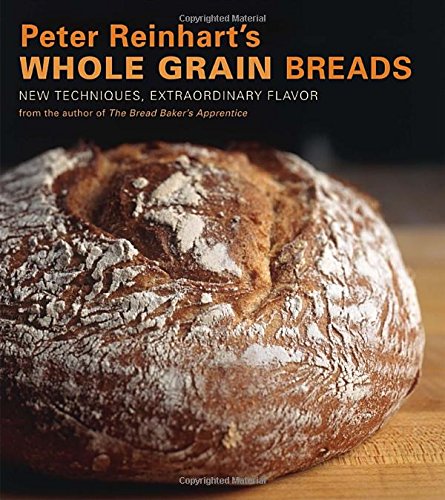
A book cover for Peter Reinhart's Whole Grain Breads: New Techniques, Extraordinary Flavor; Peter Reinhart; Cookbooks, Food & Wine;